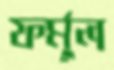
ফর্মুল